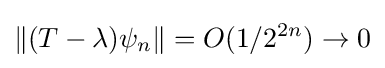
\|(T-\lambda )\psi _{n}\|=O(1/2^{2n})\to 0